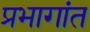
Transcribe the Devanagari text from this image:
प्रभागांत